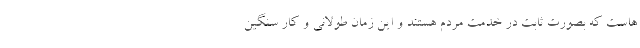
هاست که بصورت ثابت در خدمت مردم هستند و این زمان طولانی و کار سنگین